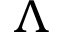
\Lambda